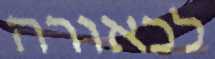
לכאורה